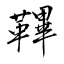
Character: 鞸